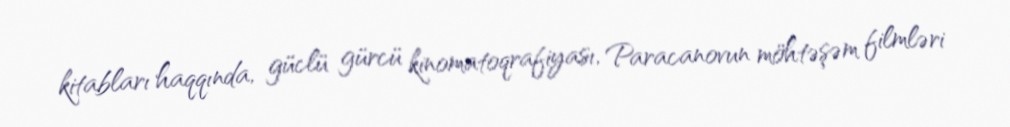
kitabları haqqında, güclü gürcü kinomatoqrafiyası, Paracanovun möhtəşəm filmləri